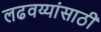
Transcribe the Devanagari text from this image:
लढवय्यांसाठी